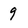
Character: 9